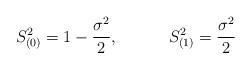
LaTeX: \begin{align*}S_{(0)}^2=1-\frac{\sigma ^2}2,\hspace{0.5in}S_{(1)}^2=\frac{\sigma ^2}2 \end{align*}